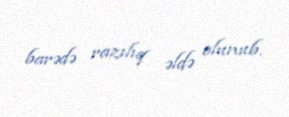
barədə razılıq əldə olunub.